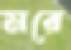
মরে